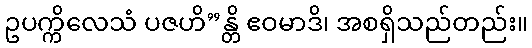
ဥပက္ကိလေသံ ပဇဟိ”န္တိ ဧဝမာဒိ၊ အစရှိသည်တည်း။